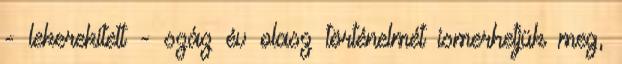
- lekerekített - száz év olasz történelmét ismerhetjük meg,